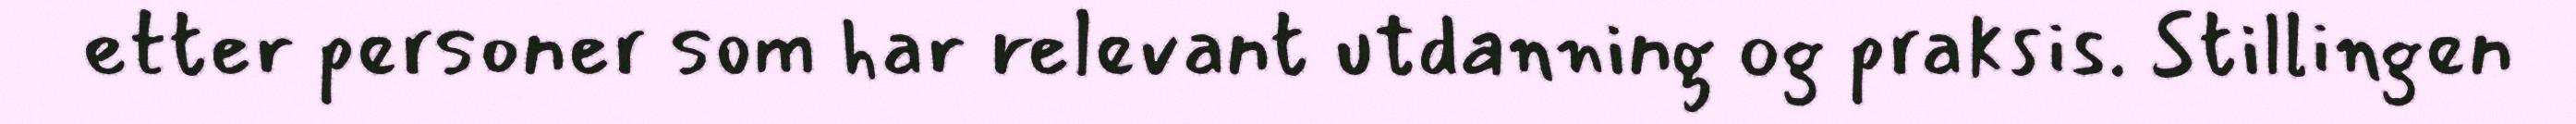
etter personer som har relevant utdanning og praksis. Stillingen